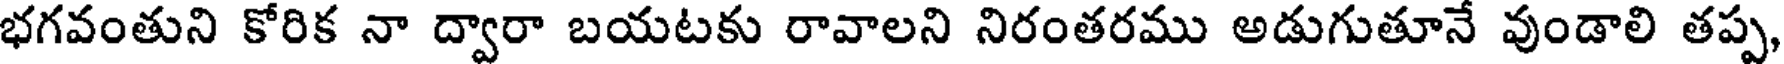
భగవంతుని కోరిక నా ద్వారా బయటకు రావాలని నిరంతరము అడుగుతూనే వుండాలి తప్ప,